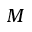
M